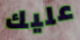
عليك